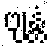
ဗျန္တံ